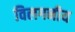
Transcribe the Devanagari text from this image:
विलगनीय